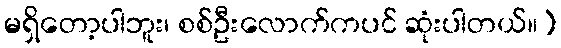
မရှိတော့ပါဘူး၊ စစ်ဦးလောက်ကပင် ဆုံးပါတယ်။)